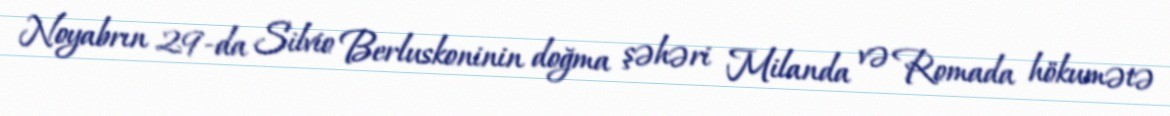
Noyabrın 29-da Silvio Berluskoninin doğma şəhəri Milanda və Romada hökumətə